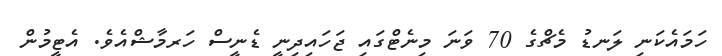
ހަމައެކަނި ލަނޑު މެޗްގެ 70 ވަނަ މިނެޓްގައި ޖަހައިދިނީ ޑެނީސް ހަރމާޝްއެވެ. އެޓީމުން